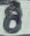
Text: 8